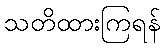
သတိထားကြရန်